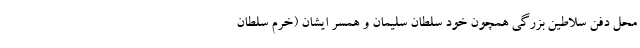
محل دفن سلاطین بزرگی همچون خود سلطان سلیمان و همسر ایشان (خرم سلطان